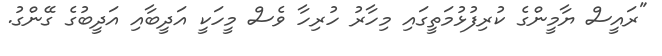
"ރައީސް ޔާމީންގެ ކުރިފުޅުމަތީގައި މިހާރު ހުރިހާ ވެސް މީހަކީ އަދީބާއި އަދީބުގެ ގޭންގު.